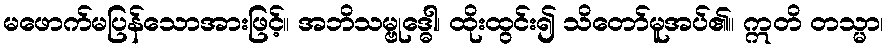
မဖောက်မပြန်သောအားဖြင့်။ အဘိသမ္ဗုဒ္ဓေါ၊ ထိုးထွင်း၍ သိတော်မူအပ်၏။ ဣတိ တသ္မာ၊